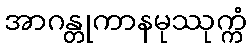
အာဂန္တုကာနမုဿုက္ကံ